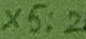
Text: X5:2